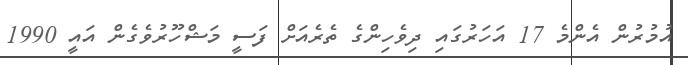
އުމުރުން އެންމެ 17 އަހަރުގައި ދިވެހިންގެ ތެރެއަށް ފަސީ މަޝްހޫރުވެގެން އައީ 1990